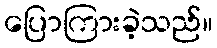
ပြောကြားခဲ့သည်။